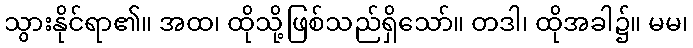
သွားနိုင်ရာ၏။ အထ၊ ထိုသို့ဖြစ်သည်ရှိသော်။ တဒါ၊ ထိုအခါ၌။ မမ၊